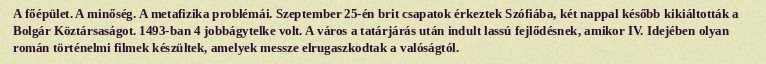
A főépület. A minőség. A metafizika problémái. Szeptember 25-én brit csapatok érkeztek Szófiába, két nappal később kikiáltották a Bolgár Köztársaságot. 1493-ban 4 jobbágytelke volt. A város a tatárjárás után indult lassú fejlődésnek, amikor IV. Idejében olyan román történelmi filmek készültek, amelyek messze elrugaszkodtak a valóságtól.